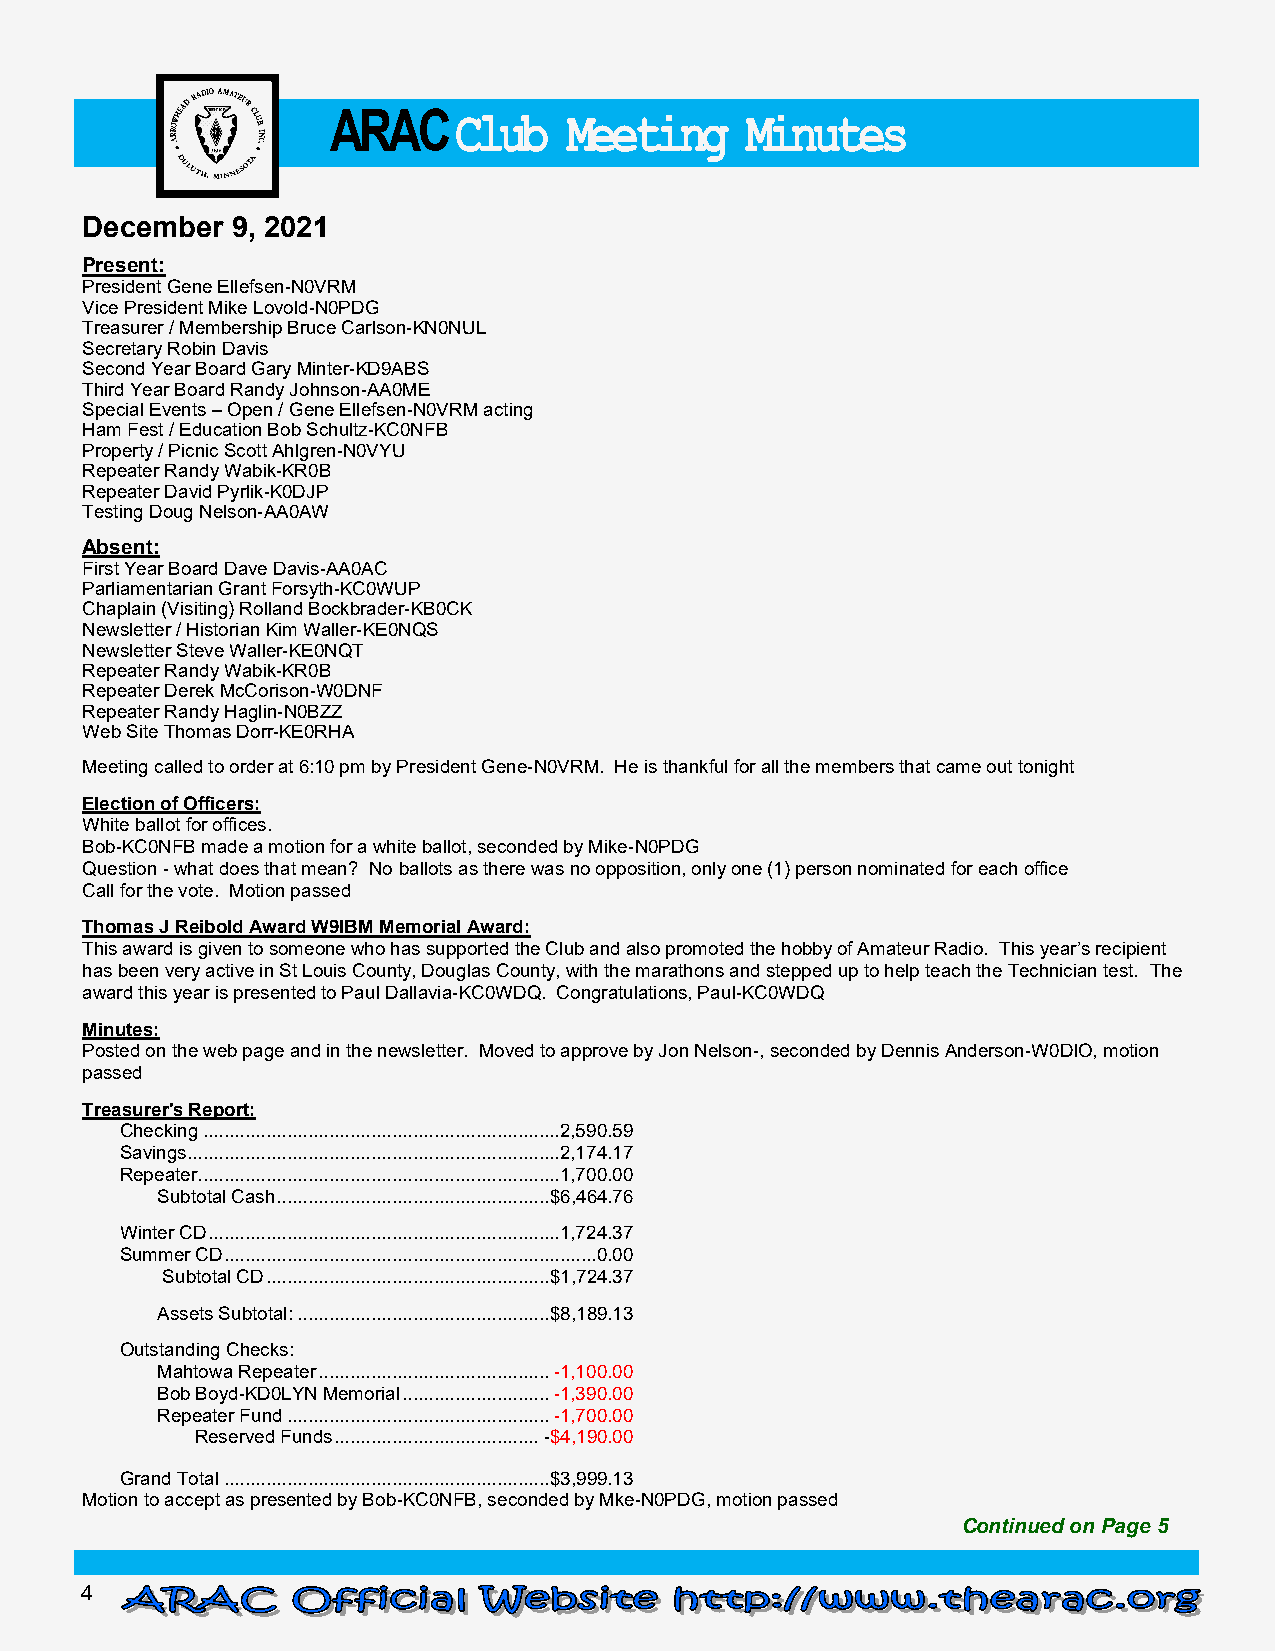
ARAC    Club    Meet ing   Minutes
 December  9, 2021
 Present:
 President Gene Ellefsen-N0VRM
 Vice President Mike Lovold-N0PDG
 Treasurer / Membership Bruce Carlson-KN0NUL
 Secretary Robin Davis
 Second Year Board Gary Minter-KD9ABS
 Third Year Board Randy Johnson-AA0ME
 Special Events – Open / Gene Ellefsen-N0VRM acting
 Ham Fest / Education Bob Schultz-KC0NFB
 Property / Picnic Scott Ahlgren-N0VYU
 Repeater Randy Wabik-KR0B
 Repeater David Pyrlik-K0DJP
 Testing Doug Nelson-AA0AW
 Absent:
 First Year Board Dave Davis-AA0AC
 Parliamentarian Grant Forsyth-KC0WUP
 Chaplain (Visiting) Rolland Bockbrader-KB0CK
 Newsletter / Historian Kim Waller-KE0NQS
 Newsletter Steve Waller-KE0NQT
 Repeater Randy Wabik-KR0B
 Repeater Derek McCorison-W0DNF
 Repeater Randy Haglin-N0BZZ
 Web Site Thomas Dorr-KE0RHA
 Meeting called to order at 6:10 pm by President Gene-N0VRM. He is thankful for all the members that came out tonight
 Election of Officers:
 White ballot for offices.
 Bob-KC0NFB made a motion for a white ballot, seconded by Mike-N0PDG
 Question - what does that mean? No ballots as there was no opposition, only one (1) person nominated for each office
 Call for the vote. Motion passed
 Thomas J Reibold Award W9IBM Memorial Award:
 This award is given to someone who has supported the Club and also promoted the hobby of Amateur Radio. This year’s recipient
 has been very active in St Louis County, Douglas County, with the marathons and stepped up to help teach the Technician test. The
 award this year is presented to Paul Dallavia-KC0WDQ. Congratulations, Paul-KC0WDQ
 Minutes:
 Posted on the web page and in the newsletter. Moved to approve by Jon Nelson-, seconded by Dennis Anderson-W0DIO, motion
 passed
 Treasurer's Report:
 Checking .................................................................... 2,590.59
 Savings ....................................................................... 2,174.17
 Repeater ..................................................................... 1,700.00
 Subtotal Cash .................................................... $6,464.76
 Winter CD ................................................................... 1,724.37
 Summer CD ....................................................................... 0.00
 Subtotal CD ...................................................... $1,724.37
 Assets Subtotal: ................................................ $8,189.13
 Outstanding Checks:
 Mahtowa Repeater ............................................ -1,100.00
 Bob Boyd-KD0LYN Memorial ............................ -1,390.00
 Repeater Fund .................................................. -1,700.00
 Reserved Funds ....................................... -$4,190.00
 Grand Total .............................................................. $3,999.13
 Motion to accept as presented by Bob-KC0NFB, seconded by Mke-N0PDG, motion passed
 Continued on Page 5
 4